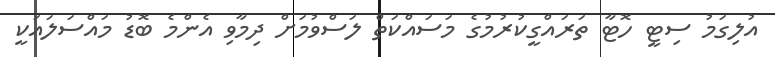
އުލިގަމު ސިޓީ ހޮޓާ ތަރައްގީކުރުމުގެ މަސައްކަތް ލަސްވުމަށް ދިމާވި އެންމެ ބޮޑު މައްސަލައަކީ